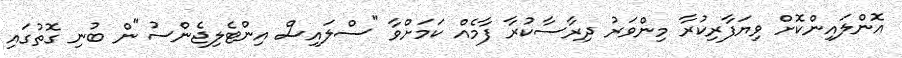
އޮންލައިންކޮށް ވިޔަފާރިކުރާ މިންވަރު ދިރާސާކުރާ ފާމެއް ކަމަށްވާ "ސްލައިސް އިންޓެލިޖެންސު"ން ބުނި ގޮތުގައި